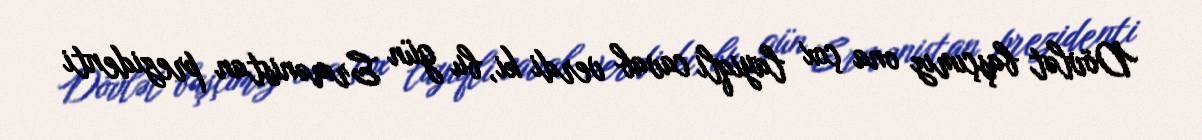
Dövlət başçımız ona çox layiqli cavab verdi ki, bu gün Ermənistan prezidenti